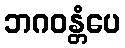
ဘဂဝန္တံပေ